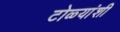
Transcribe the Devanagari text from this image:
टोळ्यांशी